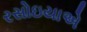
રસોઇયાએ